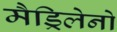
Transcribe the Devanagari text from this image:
मैड्रिलेनो